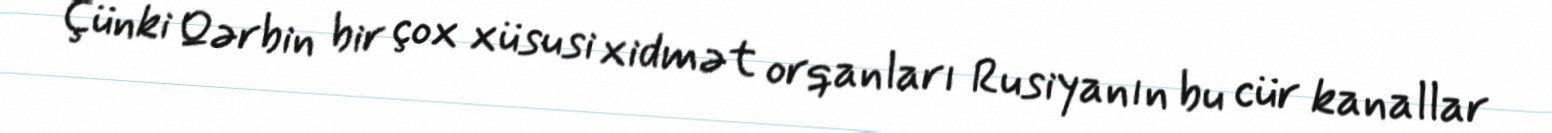
Çünki Qərbin bir çox xüsusi xidmət orqanları Rusiyanın bu cür kanallar